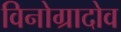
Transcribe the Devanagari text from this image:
विनोग्रादोव